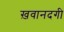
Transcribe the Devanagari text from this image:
ख़वानदगी